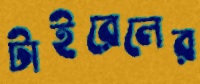
টাইরেলের